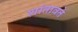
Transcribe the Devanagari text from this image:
शांतावते